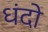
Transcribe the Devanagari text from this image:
धंदो